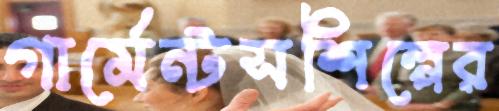
গার্মেন্টসশিল্পের